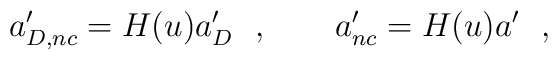
a_{D,nc}'=H(u)a_D'\ \ ,\qquad a'_{nc}=H(u)a'\ \ ,